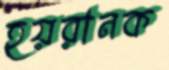
হয়রানক